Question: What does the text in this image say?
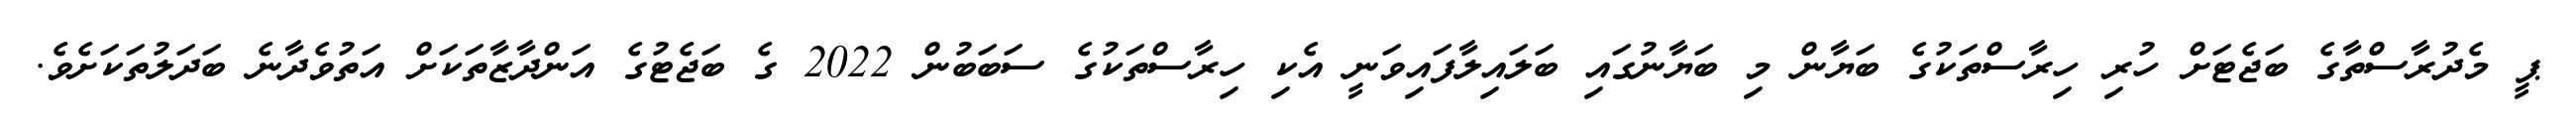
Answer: ޕީ މެދުރާސްތާގެ ބަޖެޓަށް ހުރި ހިރާސްތަކުގެ ބަޔާން މި ބަޔާނުގައި ބަލައިލާފައިވަނީ އެކި ހިރާސްތަކުގެ ސަބަބުން 2022 ގެ ބަޖެޓުގެ އަންދާޒާތަކަށް އަތުވެދާނެ ބަދަލުތަކަށެވެ.